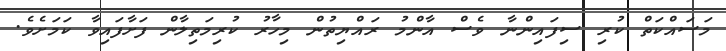
މަސައްކަތް ކުރި ސިފައިންނާ ވެސް އާންމު ރައްޔިތުން މިހާރު ކުރިމަތިލާން ފަށާފައިވާ ކަމަށެވެ.